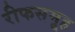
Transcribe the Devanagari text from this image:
रीफसमूह